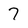
Character: 7